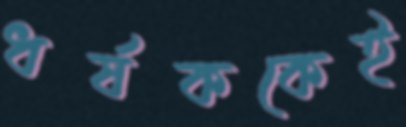
ধর্ষককেই